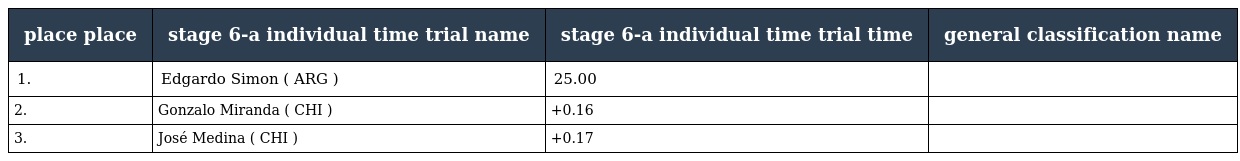
| place place | stage 6-a individual time trial name | stage 6-a individual time trial time | general classification name |
 | --- | --- | --- | --- |
 | 1. | Edgardo Simon ( ARG ) | 25.00 |  |
 | 2. | Gonzalo Miranda ( CHI ) | +0.16 |  |
 | 3. | José Medina ( CHI ) | +0.17 |  |